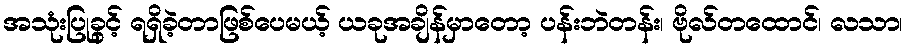
အသုံးပြုခွင့် ရရှိခဲ့တာဖြစ်ပေမယ့် ယခုအချိန်မှာတော့ ပန်းဘဲတန်း၊ ဗိုလ်တထောင်၊ လသာ၊